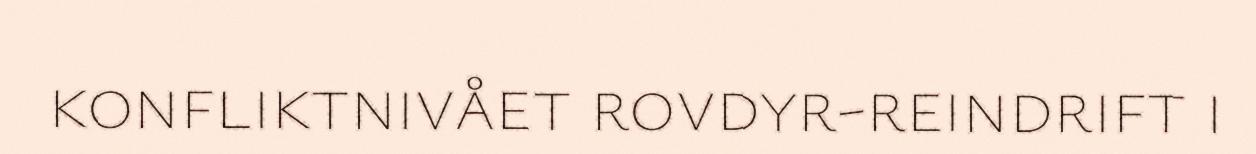
konfliktnivået rovdyr-reindrift i